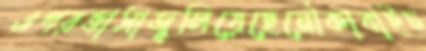
ওপরভাসাজ্বলিয়েছেনৌকাবাইচ